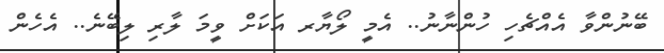
ބޭނުންވާ އެއްޗެހި ހުންނާނު.. އެމީ ލޯޔާރ އަކަށް ވީމަ ލާރި ލިބޭނެ.. އެހެން